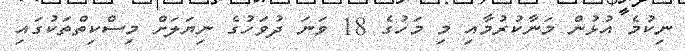
ނިކުމެ އުޅުން މަނާކުރުމާއި މި މަހުގެ 18 ވަނަ ދުވަހުގެ ނިޔަލަށް މިސްކިތްތަކުގައި